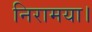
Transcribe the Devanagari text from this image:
निरामया।